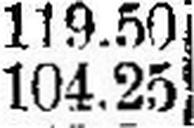
104.25